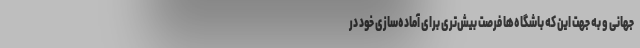
جهانی و به جهت این که باشگاه‌ها فرصت بیش‌تری برای آماده‌سازی خود در